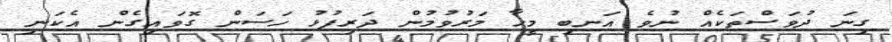
ގިނަ ދުވަސްތަކެއް ނުވެ އަނބި މީހާ މަރުވުމުން ދަރިފުޅު ހަސަން ގޮވައިގެން އެކަނި